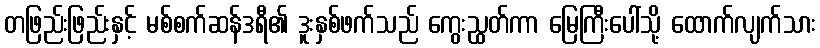
တဖြည်းဖြည်းနှင့် မစ်စက်ဆန်ဒရီ၏ ဒူးနှစ်ဖက်သည် ကွေးညွှတ်ကာ မြေကြီးပေါ်သို့ ထောက်လျက်သား